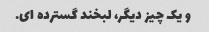
و یک چیز دیگر، لبخند گسترده ای.